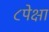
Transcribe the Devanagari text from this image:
८पेक्षा